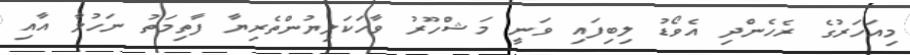
މިއަހަރުގެ ރެހެންދި އެވޯޑު ލިބިފައި ވަނީ މަޝްހޫރު ވާހަކަލިޔުންތެރިޔާ ފާތިމަތު ނަހުލާ އާއި